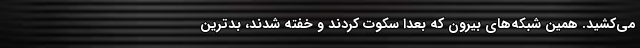
می‌کشید. همین شبکه‌های بیرون که بعدا سکوت کردند و خفته شدند، بدترین